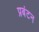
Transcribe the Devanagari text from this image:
प्रबंटन